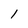
Character: I